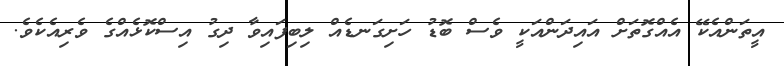
އީތަންއެކޭ އެއްގޮތަށް އައިދަންއަކީ ވެސް ބޮޑު ހަށިގަނޑެއް ލިބިފައިވާ ދިގު އިސްކޮޅެއްގެ ވެރިއެކެވެ.